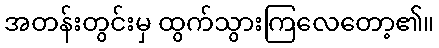
အတန်းတွင်းမှ ထွက်သွားကြလေတော့၏။